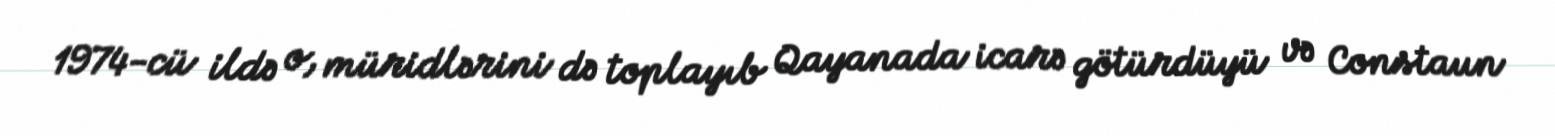
1974-cü ildə o, müridlərini də toplayıb Qayanada icarə götürdüyü və Constaun